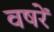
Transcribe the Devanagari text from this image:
वषरें